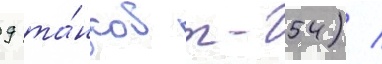
9 та́нков т-54) /